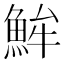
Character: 𩶢